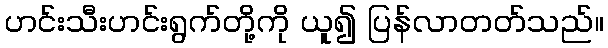
ဟင်းသီးဟင်းရွက်တို့ကို ယူ၍ ပြန်လာတတ်သည်။